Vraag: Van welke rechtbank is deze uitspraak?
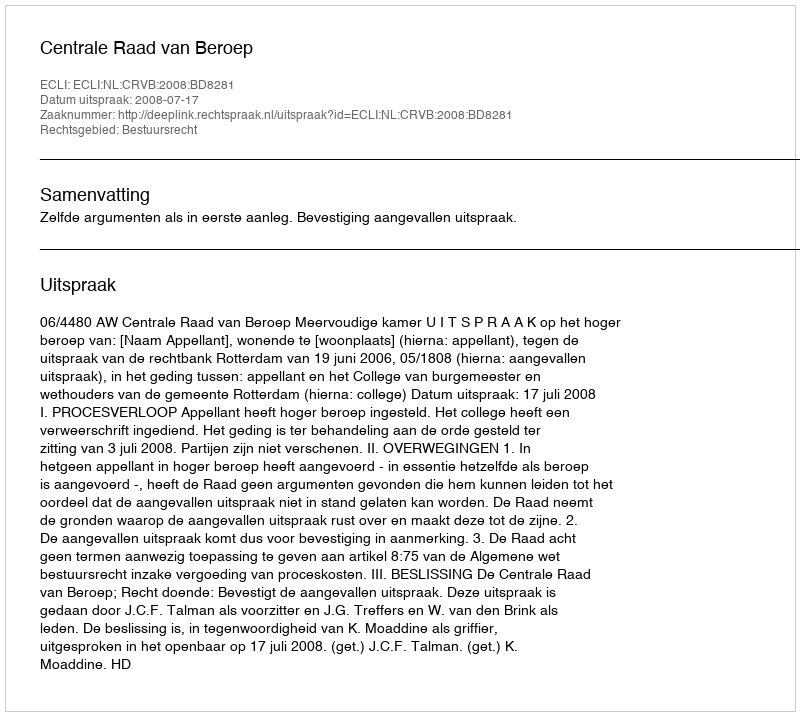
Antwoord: Centrale Raad van Beroep